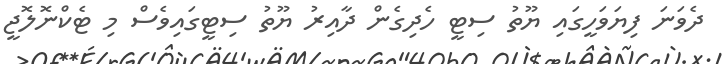
ދެވަނަ ފިޔަވަހީގައި ޔޫތު ސިޓީ ހެދިގެން ދާއިރު ޔޫތު ސިޓީގައިވެސް މި ޓެކްނޮލޮޖީ